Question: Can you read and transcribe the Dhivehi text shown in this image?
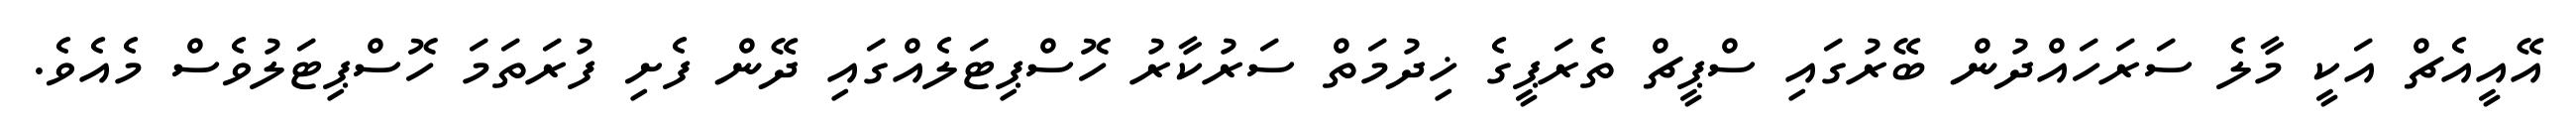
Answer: އޭއީއެޗް އަކީ މާލެ ސަރަހައްދުން ބޭރުގައި ސްޕީޗް ތެރަޕީގެ ޚިދުމަތް ސަރުކާރު ހޮސްޕިޓަލެއްގައި ދޭން ފެށި ފުރަތަމަ ހޮސްޕިޓަލުވެސް މެއެވެ.